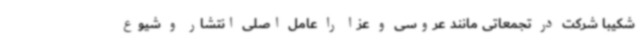
شکیبا شرکت در تجمعاتی مانند عروسی و عزا را عامل اصلی انتشار و شیوع